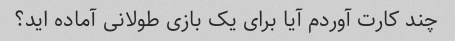
چند کارت آوردم آیا برای یک بازی طولانی آماده اید؟